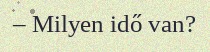
– Milyen idő van?